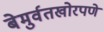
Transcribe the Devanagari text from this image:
बेमुर्वतखोरपणे